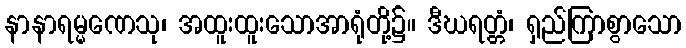
နာနာရမ္မဏေသု၊ အထူးထူးသောအာရုံတို့၌။ ဒီဃရတ္တံ၊ ရှည်ကြာစွာသော